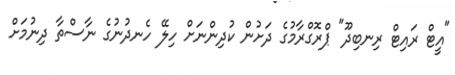
"އީޓް ރައިޓް ރިނބިދޫ" ޕްރޮގްރާމުގެ ދަށުން ކުދިންނަށް ހިލޭ ހެނދުނުގެ ނާސްތާ ދިނުމަށް